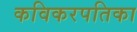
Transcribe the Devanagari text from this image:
कविकरपतिका